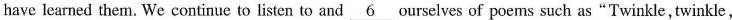
have learned them. We continue to listen to and\underline{6} ourselves of poems such as"Twinkle, twinkle,